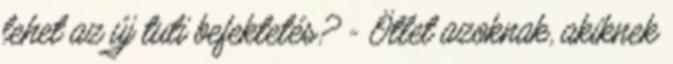
lehet az új tuti befektetés? - Ötlet azoknak, akiknek